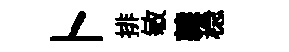
卜排敏隷稳